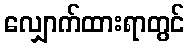
လျှောက်ထားရာတွင်